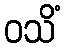
ဝသိံ